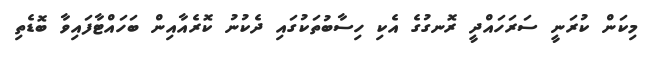
މިކަން ކުރަނީ ސަރަހައްދީ ރޮނގުގެ އެކި ހިސާބުތަކުގައި ދެކުނު ކޮރެއާއިން ބަހައްޓާފައިވާ ބޮޑެތި